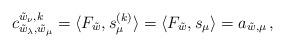
LaTeX: \begin{align*}c_{\tilde w_\lambda,\tilde w_\mu}^{\tilde w_\nu,k} = \langle F_{\tilde w}, s_\mu^{(k)} \rangle= \langle F_{\tilde w}, s_\mu \rangle = a_{\tilde w,\mu}\,,\end{align*}